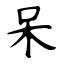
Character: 呆